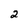
Character: 2